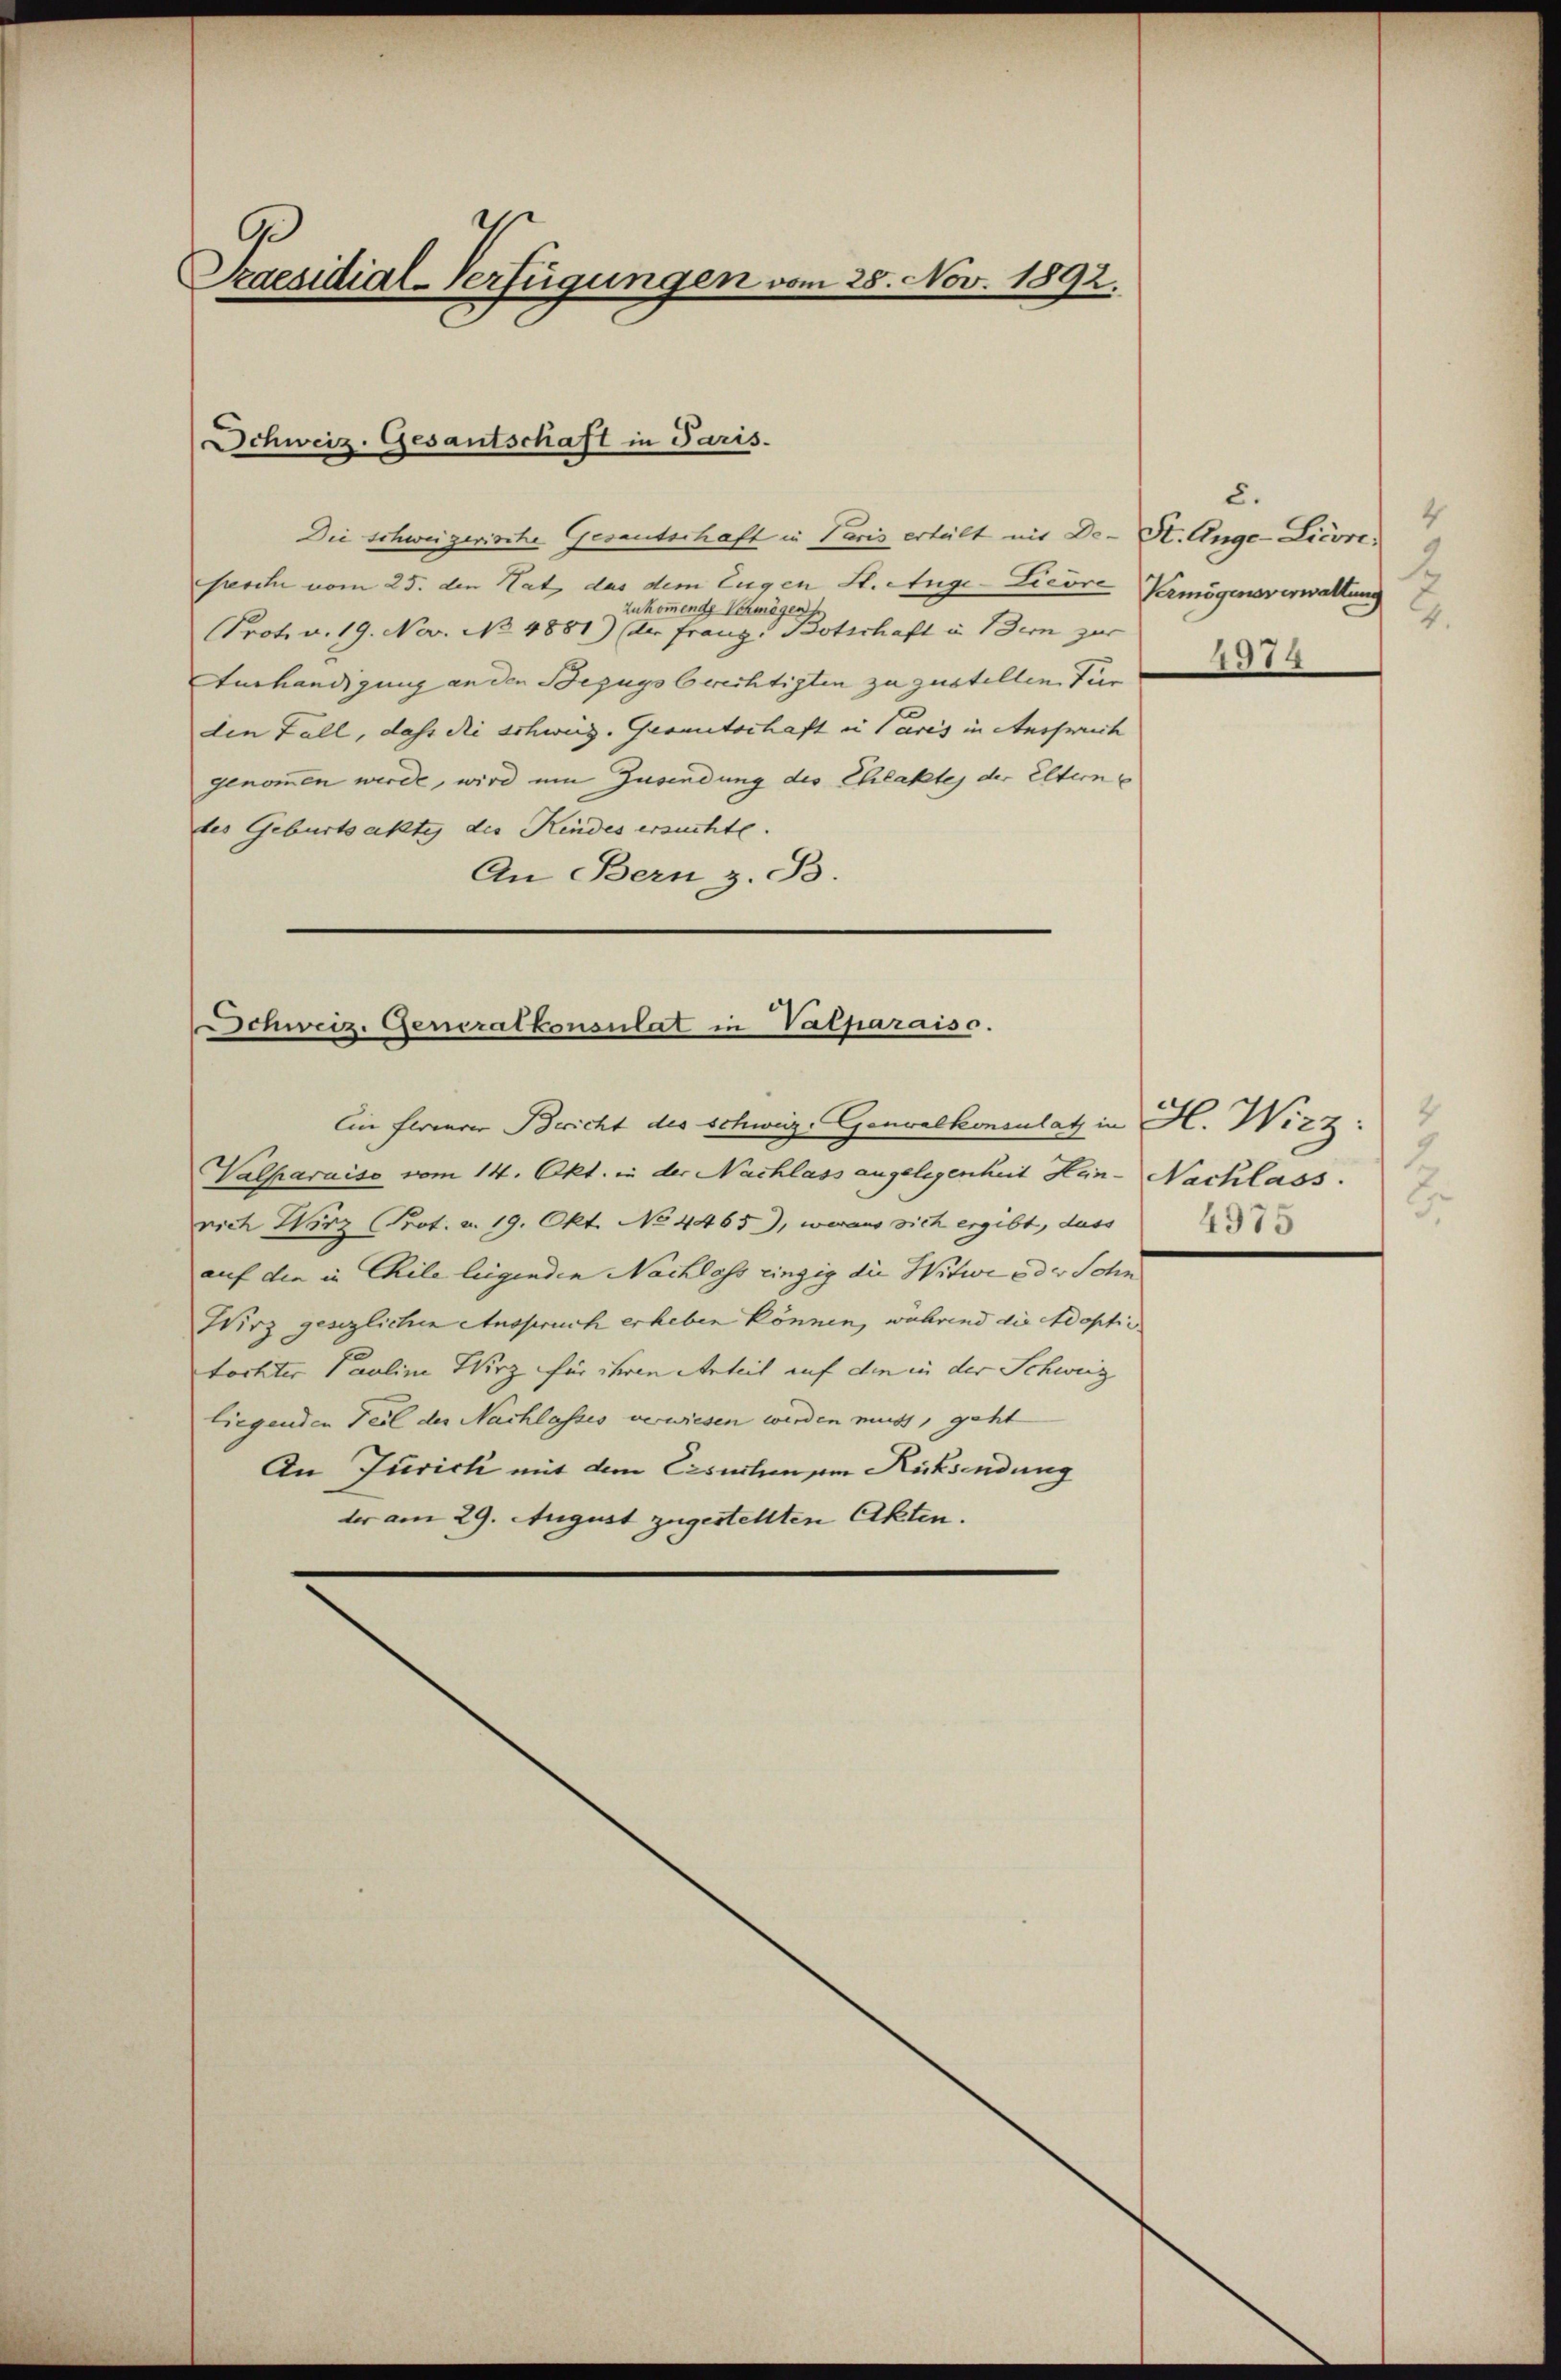
Szaesidial-Verfügungen vom 28. Nov. 1892.

Schweiz. Gesantschaft in Paris.

Die schweizerische Gesandschaft in Paris erteilt mit De- St. Ange-Licore,
ssche vom 25. den Hat das dem Eugen St. Auge-Licore Vermögensverwaltung
zukommende Schmögens
Prot. v. 19. No. No. 4881) der Franz Botschaft in Bern zur
Aushändigung an den Bezugsberichtigten zu zustellen. Für
den Fall, daß die schweiz. Geometschaft in Paris in Aussprich
genommen werde, wird um Zusendung des Chlaktes der Eltern
des Geburtsakte des Kindes ersuchte.
An Bern, z. B.

Schweiz. Generalkonsulat in Valparaiso
Ein Flamerer Bericht des Schweiz. Genvalkonsulat in H. Wirz

Valparaiso vom 14. Okt. in der Nachlass angelegenheit Hen-Nachlass
rich Wirz (Prot. a. 19. Okt. No 4465), woraus sich ergibt, dass
auf die in Chile liegenden Nachlass einzig die Witwe oder Sohn
Wirz gesezlichen Anspruch erheben können, während die Adopti
tochter Pauline Wirz für ihren Anteil auf den in der Schweiz
liegenden Teil der Nachlasses verwiesen werden muss, geht
An Jurich mit dem Ersuchenze Rücksendung
der am 29. August zugestellten Akten.

2.
4
2
4.
4374

9
2.